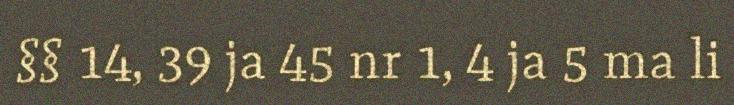
§§ 14, 39 ja 45 nr 1, 4 ja 5 ma li